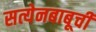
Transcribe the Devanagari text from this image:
सत्येनबाबूची